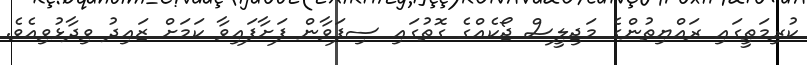
ކުރިމަތީގައި ރައްޔިތުންގެ މަޖިލީސް ޖޯކެއްގެ ގޮތުގައި ސިފަވާން ފަށާފައިވާ ކަމަށް ޒައިދު ވިދާޅުވިއެވެެ.